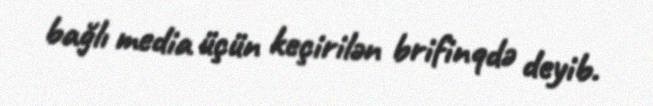
bağlı media üçün keçirilən brifinqdə deyib.